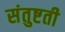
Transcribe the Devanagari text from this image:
संतुष्टती